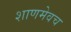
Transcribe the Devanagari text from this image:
शाणमेवच